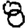
Digit: 8